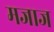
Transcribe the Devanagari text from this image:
मजाज